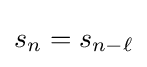
s_{n}=s_{n-\ell }